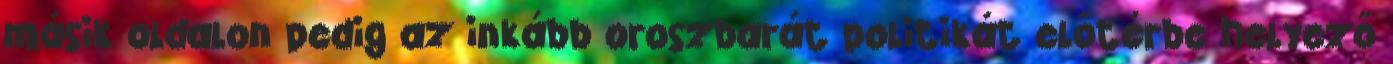
másik oldalon pedig az inkább oroszbarát politikát előtérbe helyező